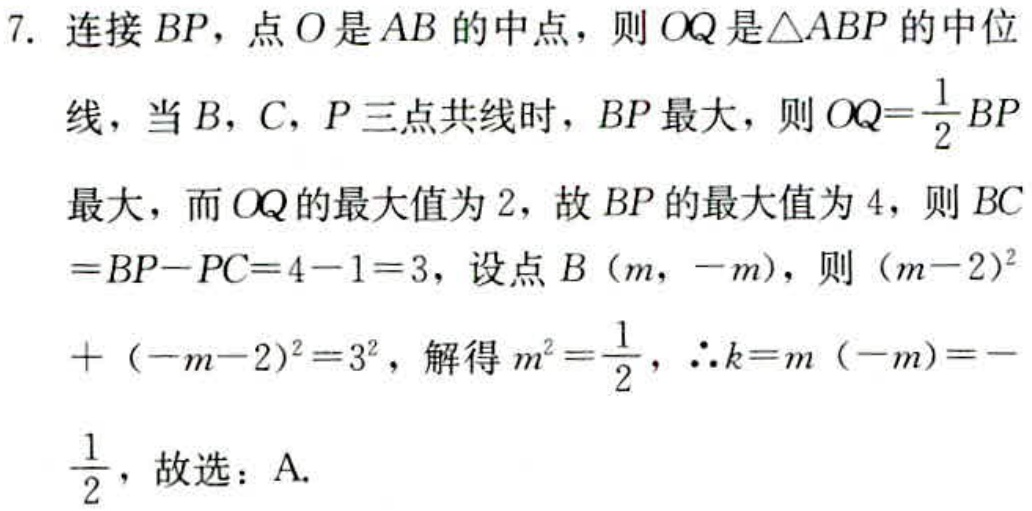
7. 连接 \(BP\)，点 \(O\) 是 \(AB\) 的中点，则 \(OQ\) 是\(\triangle ABP\) 的中位
线，当 \(B\)，\(C\)，\(P\) 三点共线时，\(BP\) 最大，则 \(OQ = \frac{1}{2}BP\)
最大，而 \(OQ\) 的最大值为 \(2\)，故 \(BP\) 的最大值为 \(4\)，则 \(BC\)
\(=BP - PC = 4 - 1 = 3\)，设点 \(B(m,-m)\)，则 \((m - 2)^2\)
\(+(-m - 2)^2 = 3^2\)，解得 \(m^2=\frac{1}{2}\)，\(\therefore k = m(-m)=-\)
\(\frac{1}{2}\)，故选：A.